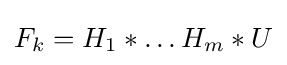
F_{k}=H_{1}\ast \dots H_{m}\ast U